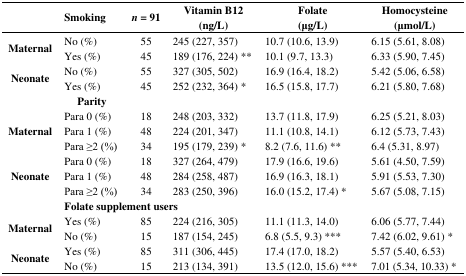
<table><thead><tr><td></td><td><b>Smoking</b></td><td><b><i>n</i> = 91</b></td><td><b>Vitamin B12 (ng/L)</b></td><td><b>Folate (μg/L)</b></td><td><b>Homocysteine (μmol/L)</b></td></tr></thead><tbody><tr><td rowspan="2"><b>Maternal</b></td><td>No (%)</td><td>55</td><td>245 (227, 357)</td><td>10.7 (10.6, 13.9)</td><td>6.15 (5.61, 8.08)</td></tr><tr><td>Yes (%)</td><td>45</td><td>189 (176, 224) **</td><td>10.1 (9.7, 13.3)</td><td>6.33 (5.90, 7.45)</td></tr><tr><td rowspan="2"><b>Neonate</b></td><td>No (%)</td><td>55</td><td>327 (305, 502)</td><td>16.9 (16.4, 18.2)</td><td>5.42 (5.06, 6.58)</td></tr><tr><td>Yes (%)</td><td>45</td><td>252 (232, 364) *</td><td>16.5 (15.8, 17.7)</td><td>6.21 (5.80, 7.68)</td></tr><tr><td></td><td><b>Parity</b></td><td></td><td></td><td></td><td></td></tr><tr><td rowspan="3"><b>Maternal</b></td><td>Para 0 (%)</td><td>18</td><td>248 (203, 332)</td><td>13.7 (11.8, 17.9)</td><td>6.25 (5.21, 8.03)</td></tr><tr><td>Para 1 (%)</td><td>48</td><td>224 (201, 347)</td><td>11.1 (10.8, 14.1)</td><td>6.12 (5.73, 7.43)</td></tr><tr><td>Para ≥2 (%)</td><td>34</td><td>195 (179, 239) *</td><td>8.2 (7.6, 11.6) **</td><td>6.4 (5.31, 8.97)</td></tr><tr><td rowspan="3"><b>Neonate</b></td><td>Para 0 (%)</td><td>18</td><td>327 (264, 479)</td><td>17.9 (16.6, 19.6)</td><td>5.61 (4.50, 7.59)</td></tr><tr><td>Para 1 (%)</td><td>48</td><td>284 (258, 487)</td><td>16.9 (16.3, 18.1)</td><td>5.91 (5.53, 7.30)</td></tr><tr><td>Para ≥2 (%)</td><td>34</td><td>283 (250, 396)</td><td>16.0 (15.2, 17.4) *</td><td>5.67 (5.08, 7.15)</td></tr><tr><td></td><td colspan="3"><b>Folate supplement users</b></td><td colspan="2"></td></tr><tr><td rowspan="2"><b>Maternal</b></td><td>Yes (%)</td><td>85</td><td>224 (216, 305)</td><td>11.1 (11.3, 14.0)</td><td>6.06 (5.77, 7.44)</td></tr><tr><td>No (%)</td><td>15</td><td>187 (154, 245)</td><td>6.8 (5.5, 9.3) ***</td><td>7.42 (6.02, 9.61) *</td></tr><tr><td rowspan="2"><b>Neonate</b></td><td>Yes (%)</td><td>85</td><td>311 (306, 445)</td><td>17.4 (17.0, 18.2)</td><td>5.57 (5.40, 6.53)</td></tr><tr><td>No (%)</td><td>15</td><td>213 (134, 391)</td><td>13.5 (12.0, 15.6) ***</td><td>7.01 (5.34, 10.33) *</td></tr></tbody></table>